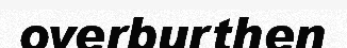
overburthen